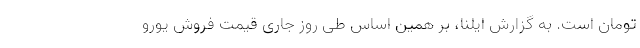
تومان است. به گزارش ایلنا، بر همین‌ اساس طی روز جاری قیمت فروش یورو